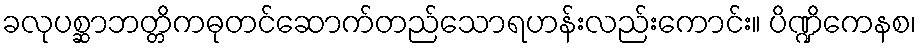
ခလုပစ္ဆာဘတ္တိကဓုတင်ဆောက်တည်သောရဟန်းလည်းကောင်း။ ပိဏ္ဍိကေနစ၊